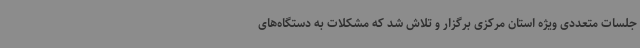
جلسات متعددی ویژه استان مرکزی برگزار و تلاش شد که مشکلات به دستگاه‌های